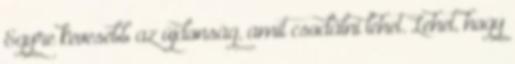
Egyre kevesebb az újdonság, amit csodálni lehet. Lehet, hogy